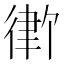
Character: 𪫓